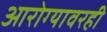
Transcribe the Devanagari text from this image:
आरोग्यावरही